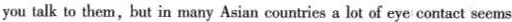
you talk to them,but in many Asian countries a lot of eye contact seems